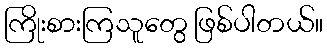
ကြိုးစားကြသူတွေ ဖြစ်ပါတယ်။